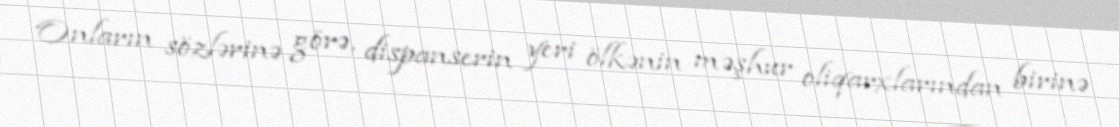
Onların sözlərinə görə, dispanserin yeri ölkənin məşhur oliqarxlarından birinə